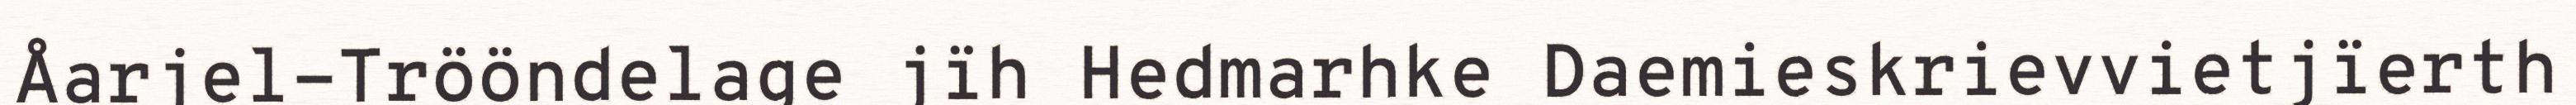
Åarjel-Trööndelage jïh Hedmarhke Daemieskrievvietjïerth